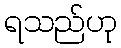
ရသည်ဟု